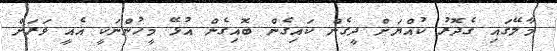
މާލޭގައި ގެދޮރު ކުއްޔަށް ދީގެން ކައިގެން ބޮއިގެން އުޅޭ މީހުންނަކީ އެއީ ވަރަށް